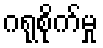
ဂရုစိုက်မှု